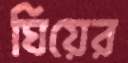
ঘিয়ের